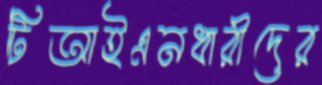
টিআইএনধারীদের